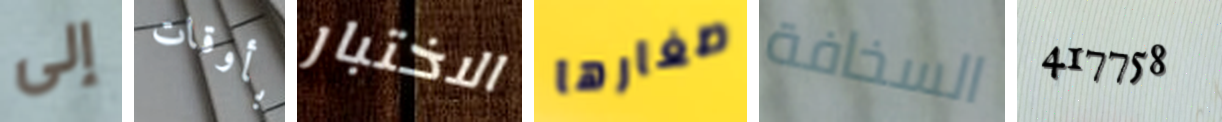
إلى بأوقات الاختبار صغارها السخافة 417758